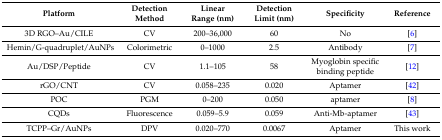
<table><thead><tr><td><b>Platform</b></td><td><b>Detection Method</b></td><td><b>Linear Range (nm) </b></td><td><b>Detection Limit (nm)</b></td><td><b>Specificity</b></td><td><b>Reference</b></td></tr></thead><tbody><tr><td>3D RGO–Au/CILE</td><td>CV</td><td>200–36,000</td><td>60</td><td>No</td><td>[6]</td></tr><tr><td>Hemin/G-quadruplet/AuNPs</td><td>Colorimetric</td><td>0–1000</td><td>2.5</td><td>Antibody</td><td>[7]</td></tr><tr><td>Au/DSP/Peptide</td><td>CV</td><td>1.1–105</td><td>58</td><td>Myoglobin specific binding peptide</td><td>[12]</td></tr><tr><td>rGO/CNT</td><td>CV</td><td>0.058–235</td><td>0.020</td><td>Aptamer</td><td>[42]</td></tr><tr><td>POC</td><td>PGM</td><td>0–200</td><td>0.050</td><td>aptamer</td><td>[8]</td></tr><tr><td>CQDs</td><td>Fluorescence</td><td>0.059–5.9</td><td>0.059</td><td>Anti-Mb-aptamer</td><td>[43]</td></tr><tr><td>TCPP–Gr/AuNPs</td><td>DPV</td><td>0.020–770</td><td>0.0067</td><td>Aptamer</td><td>This work</td></tr></tbody></table>